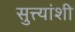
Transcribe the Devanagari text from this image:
सुत्त्यांशी